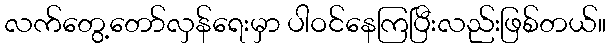
လက်တွေ့တော်လှန်ရေးမှာ ပါဝင်နေကြပြီးလည်းဖြစ်တယ်။